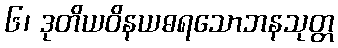
၆၊ ဒုတိယဝိနယဓရသောဘနသုတ္တ